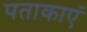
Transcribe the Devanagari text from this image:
पताकाएं